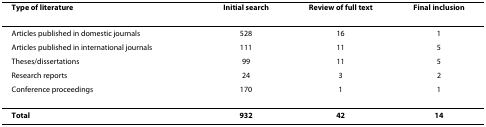
<table><thead><tr><td><b>Type of literature</b></td><td><b>Initial search</b></td><td><b>Review of full text</b></td><td><b>Final inclusion</b></td></tr></thead><tbody><tr><td>Articles published in domestic journals</td><td>528</td><td>16</td><td>1</td></tr><tr><td>Articles published in international journals</td><td>111</td><td>11</td><td>5</td></tr><tr><td>Theses/dissertations</td><td>99</td><td>11</td><td>5</td></tr><tr><td>Research reports</td><td>24</td><td>3</td><td>2</td></tr><tr><td>Conference proceedings</td><td>170</td><td>1</td><td>1</td></tr><tr><td><b>Total</b></td><td><b>932</b></td><td><b>42</b></td><td><b>14</b></td></tr></tbody></table>